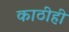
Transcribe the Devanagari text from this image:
काठीही